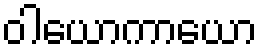
ဝါယောကာယော